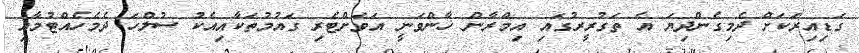
ގަޑިއިރަކަށް ދެމިގެންދިޔަ އެ ތަގުރީރުގައި އިމްރާން ޚާންވަނީ އަވަށްޓެރި ގައުމުތަކާއިއެކު ސުލްހަ ދެމެހެއްޓުމާއި